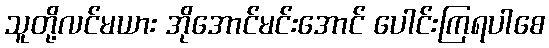
သူတို့လင်မယား အိုအောင်မင်းအောင် ပေါင်းကြရပါစေ